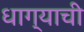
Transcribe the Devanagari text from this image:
धाग्याची